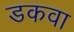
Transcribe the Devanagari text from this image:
डकवा